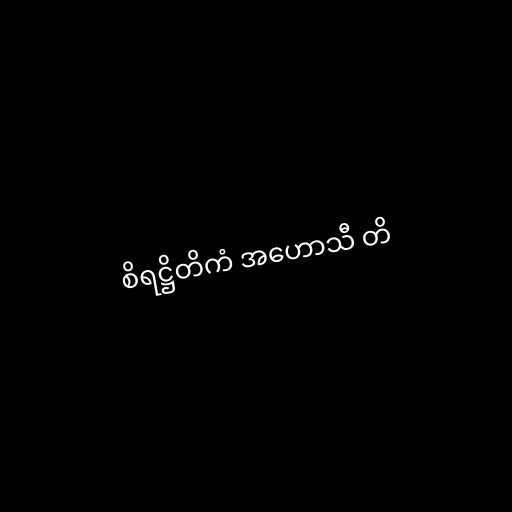
စိရဋ္ဌိတိကံ အဟောသီ တိ